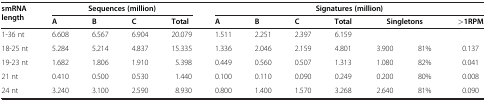
<table><thead><tr><td rowspan="2"><b>smRNA length</b></td><td colspan="4"><b>Sequences (million)</b></td><td colspan="7"><b>Signatures (million)</b></td></tr><tr><td><b>A</b></td><td><b>B</b></td><td><b>C</b></td><td><b>Total</b></td><td><b>A</b></td><td><b>B</b></td><td><b>C</b></td><td><b>Total</b></td><td colspan="2"><b>Singletons</b></td><td><b>&gt;1RPM</b></td></tr></thead><tbody><tr><td>1-36 nt</td><td>6.608</td><td>6.567</td><td>6.904</td><td>20.079</td><td>1.511</td><td>2.251</td><td>2.397</td><td>6.159</td><td> </td><td> </td><td> </td></tr><tr><td>18-25 nt</td><td>5.284</td><td>5.214</td><td>4.837</td><td>15.335</td><td>1.336</td><td>2.046</td><td>2.159</td><td>4.801</td><td>3.900</td><td>81%</td><td>0.137</td></tr><tr><td>19-23 nt</td><td>1.682</td><td>1.806</td><td>1.910</td><td>5.398</td><td>0.449</td><td>0.560</td><td>0.507</td><td>1.313</td><td>1.080</td><td>82%</td><td>0.041</td></tr><tr><td>21 nt</td><td>0.410</td><td>0.500</td><td>0.530</td><td>1.440</td><td>0.100</td><td>0.110</td><td>0.090</td><td>0.249</td><td>0.200</td><td>80%</td><td>0.008</td></tr><tr><td>24 nt</td><td>3.240</td><td>3.100</td><td>2.590</td><td>8.930</td><td>0.800</td><td>1.400</td><td>1.570</td><td>3.268</td><td>2.640</td><td>81%</td><td>0.090</td></tr></tbody></table>